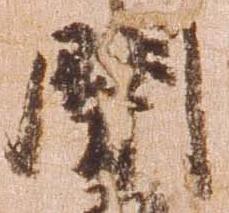
関